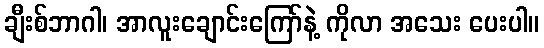
ချီးစ်ဘာဂါ၊ အာလူးချောင်းကြော်နဲ့ ကိုလာ အသေး ပေးပါ။